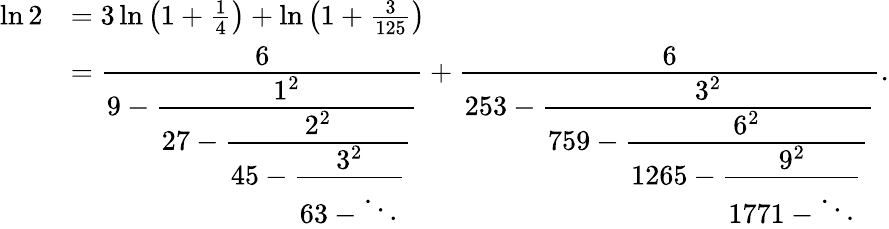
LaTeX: {\begin{array}{rl}{\ln 2}&{=3\ln\left(1+{\frac{1}{4}}\right)+\ln\left(1+{\frac{3}{125}}\right)}\\ &{={\cfrac{6}{9-{\cfrac{1^{2}}{27-{\cfrac{2^{2}}{45-{\cfrac{3^{2}}{63-\ddots}}}}}}}}+{\cfrac{6}{253-{\cfrac{3^{2}}{759-{\cfrac{6^{2}}{1265-{\cfrac{9^{2}}{1771-\ddots}}}}}}}}.}\end{array}}